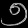
Digit: ၅